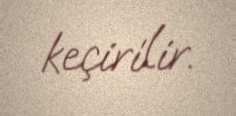
keçirilir.